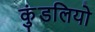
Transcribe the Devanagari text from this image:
कुंडलियो